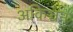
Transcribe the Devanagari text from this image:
अकिञ्चन